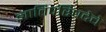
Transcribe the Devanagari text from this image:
ज्ञातिपरिषदेचे